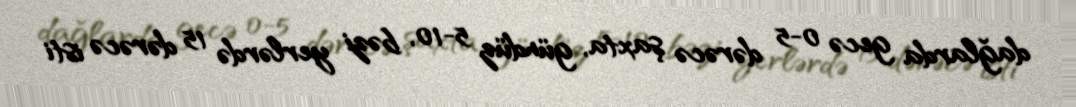
dağlarda gecə 0-5 dərəcə şaxta, gündüz 5-10, bəzi yerlərdə 15 dərəcə isti